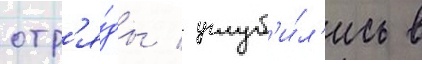
отр'я́ды / углуб'и́л'ись в